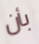
بأن